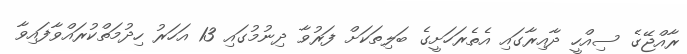
ރާއްޖޭގެ ސިއްހީ ދާއިރާގައި އެތެރަހަށީގެ ބަލިތަކަށް ފަރުވާ ދިނުމުގައި 13 އަހަރު ހިދުމަތްކުރައްވާފައިވާ